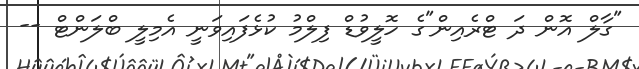
"ގާލް އޮން ދަ ޓްރެއިން"ގެ ހޮލީވުޑް ފިލްމު ކުޅެފައިވަނީ އެމިލީ ބްލަންޓް --